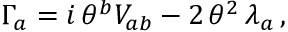
\Gamma _ { a } = i \, \theta ^ { b } V _ { a b } - 2 \, \theta ^ { 2 } \, \lambda _ { a } \, ,